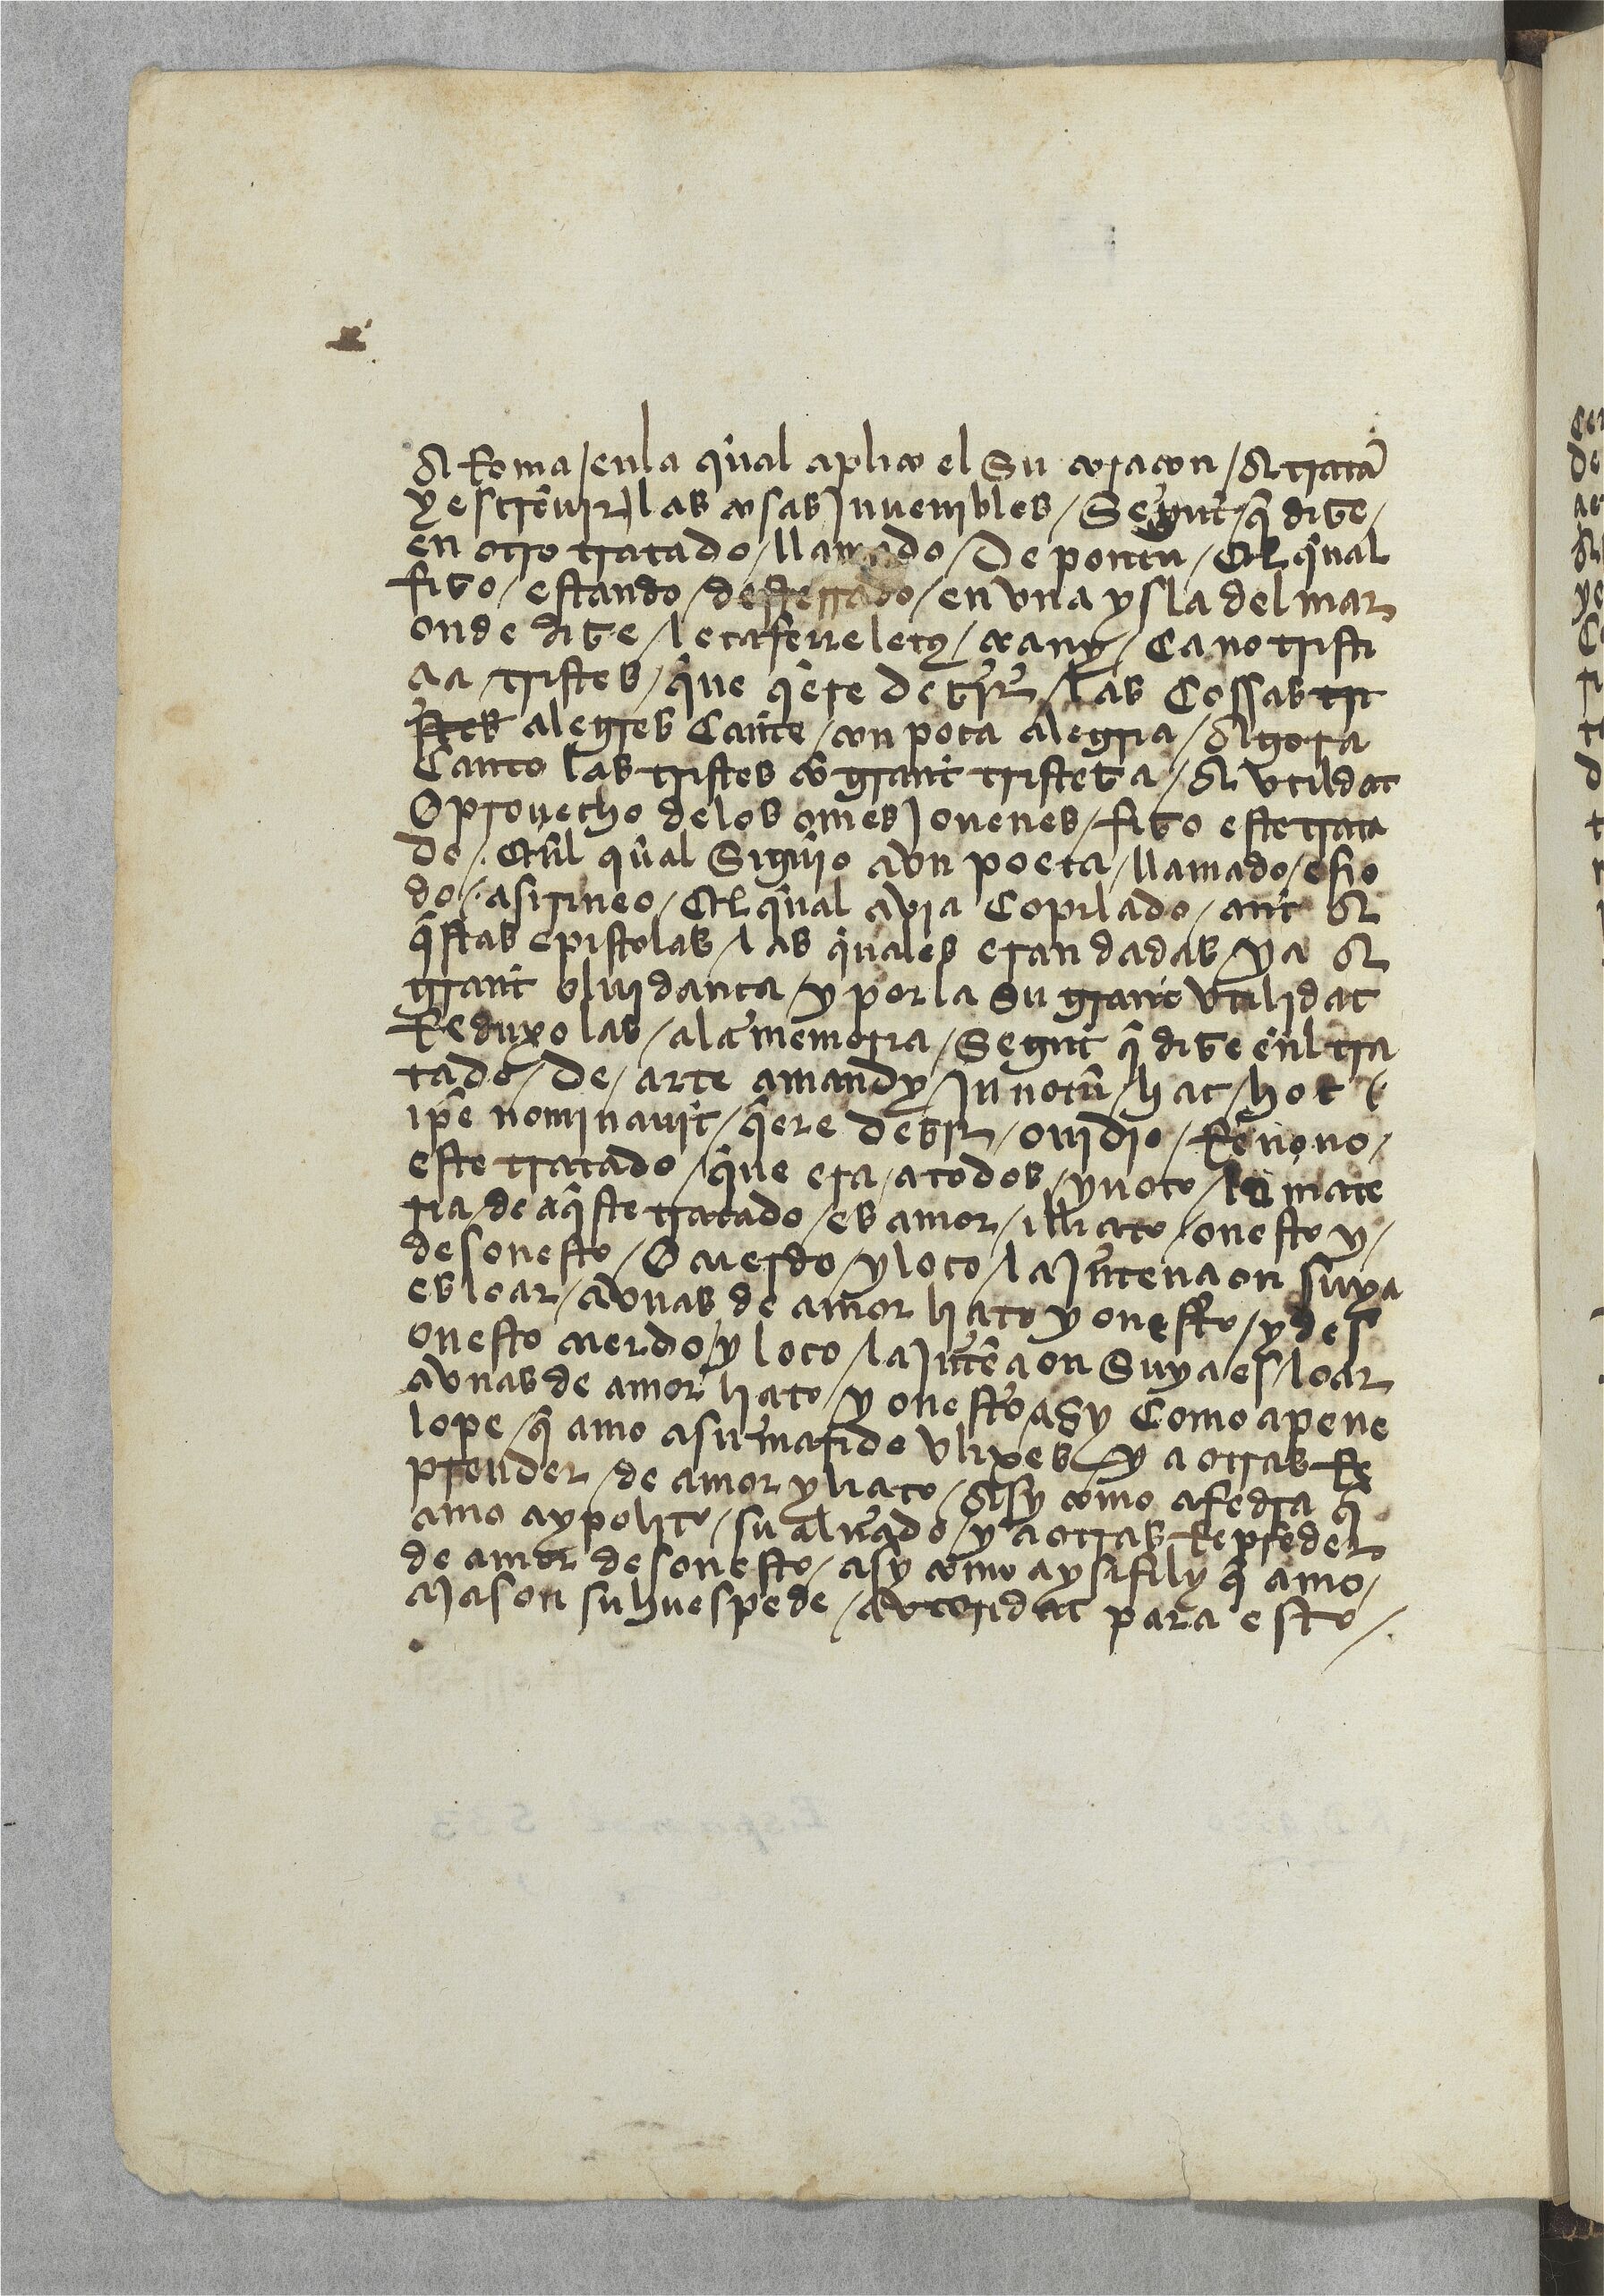
Shelfmark: Paris, BnF, esp. 533
Century: 15